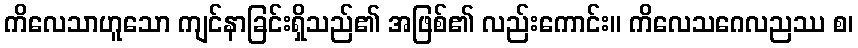
ကိလေသာဟူသော ကျင်နာခြင်းရှိသည်၏ အဖြစ်၏ လည်းကောင်း။ ကိလေသဂေလညဿ စ၊